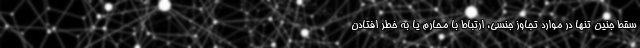
سقط جنین تنها در موارد تجاوز جنسی، ارتباط با محارم یا به خطر افتادن